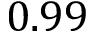
0 . 9 9